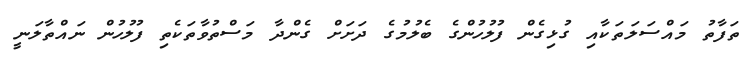
ތަފާތު މައްސަލަތަކާއި ގުޅިގެން ފުލުހުންގެ ބެލުމުގެ ދަށަށް ގެންދާ މަސްތުވާތަކެތި ފުލުހުން ނައްތާލަނީ